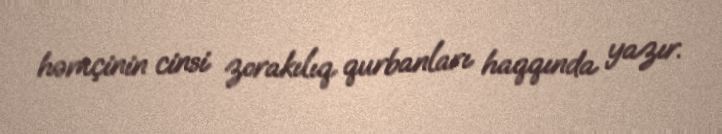
həmçinin cinsi zorakılıq qurbanları haqqında yazır.